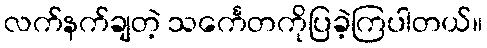
လက်နက်ချတဲ့ သင်္ကေတကိုပြခဲ့ကြပါတယ်။